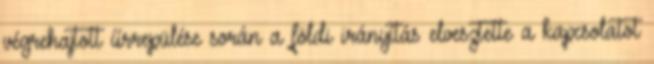
végrehajtott űrrepülése során a földi irányítás elvesztette a kapcsolatot